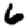
Digit: 6